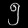
Digit: ၅